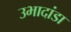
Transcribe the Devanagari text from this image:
उभादांडा